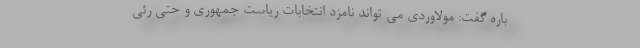
باره گفت: مولاوردی می تواند نامزد انتخابات ریاست جمهوری و حتی رئی